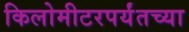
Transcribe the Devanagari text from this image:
किलोमीटरपर्यंतच्या